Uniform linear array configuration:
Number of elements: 48
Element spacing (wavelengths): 1
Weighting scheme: exponential
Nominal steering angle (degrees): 15
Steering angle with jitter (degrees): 13.151
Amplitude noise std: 0.05
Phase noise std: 0.05

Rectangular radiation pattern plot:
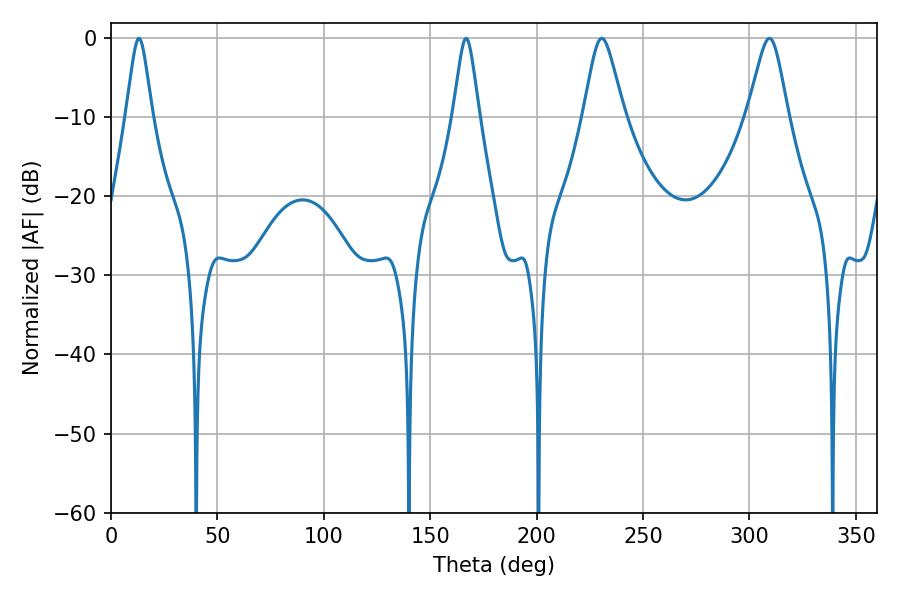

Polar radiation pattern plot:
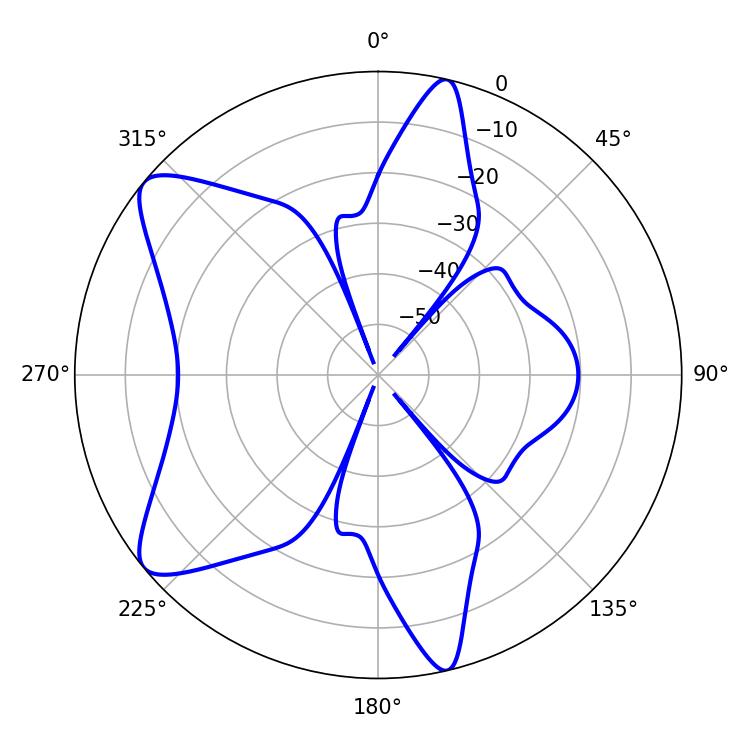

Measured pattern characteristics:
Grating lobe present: TRUE
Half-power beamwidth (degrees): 5.76
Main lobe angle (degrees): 13.14